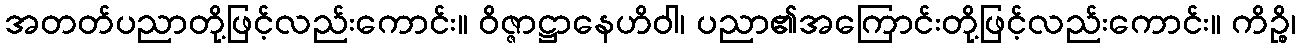
အတတ်ပညာတို့ဖြင့်လည်းကောင်း။ ဝိဇ္ဇာဋ္ဌာနေဟိဝါ၊ ပညာ၏အကြောင်းတို့ဖြင့်လည်းကောင်း။ ကိဉ္စိ၊